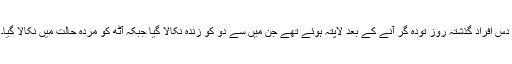
دس افراد گذشتہ روز تودہ گر آنے کے بعد لاپتہ ہوئے تھے جن میں سے دو کو زندہ نکالا گیا جبکہ آٹھ کو مردہ حالت میں نکالا گیا۔